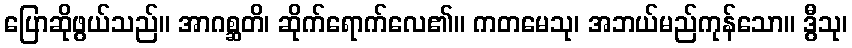
ပြောဆိုဖွယ်သည်။ အာဂစ္ဆတိ၊ ဆိုက်ရောက်လေ၏။ ကတမေသု၊ အဘယ်မည်ကုန်သော။ ဒွီသု၊